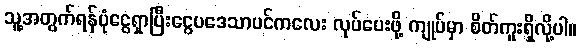
သူ့အတွက်ရန်ပုံငွေရှာပြီးငွေပဒေသာပင်ကလေး လုပ်ပေးဖို့ ကျုပ်မှာ စိတ်ကူးရှိလို့ပါ။